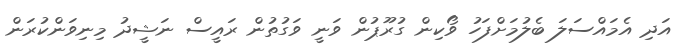
އަދި އެމައްސަލަ ބެލުމަށްފަހު ވޯކިން ގުރޫޕުން ވަނީ ވަގުތުން ރައީސް ނަޝީދު މިނިވަންކުރަން